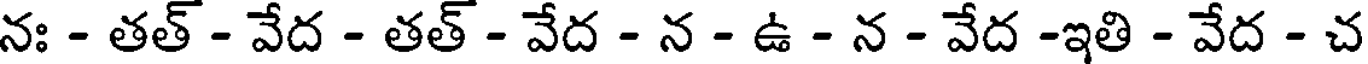
నః - తత్ - వేద - తత్ - వేద - న - ఉ - న - వేద -ఇతి - వేద - చ